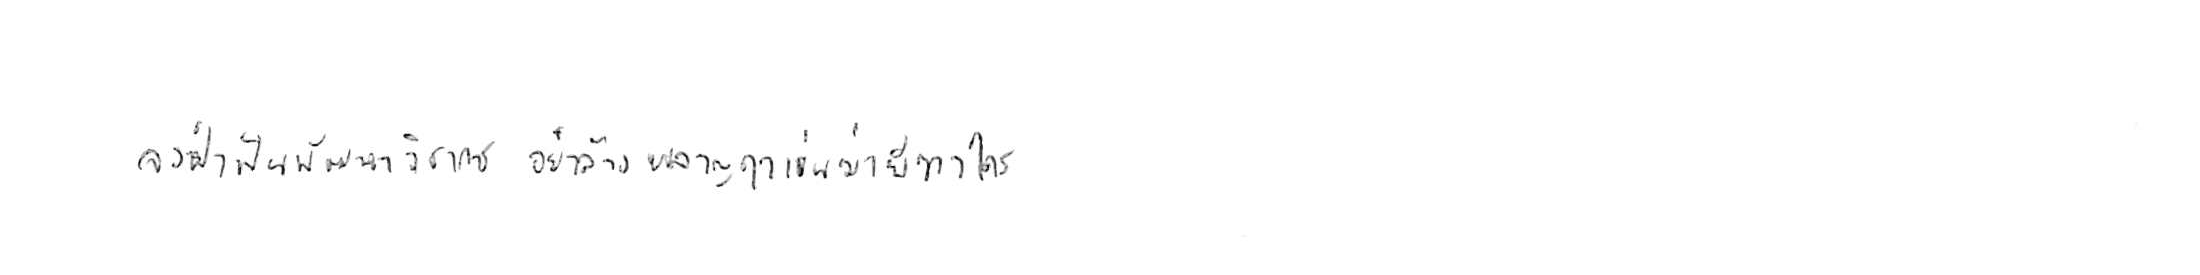
จงฝ่าฟันพัฒนาวิชาการ อย่าล้างผลาญฤๅเข่นฆ่าบีฑาใคร